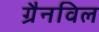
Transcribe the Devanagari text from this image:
ग्रैनविल